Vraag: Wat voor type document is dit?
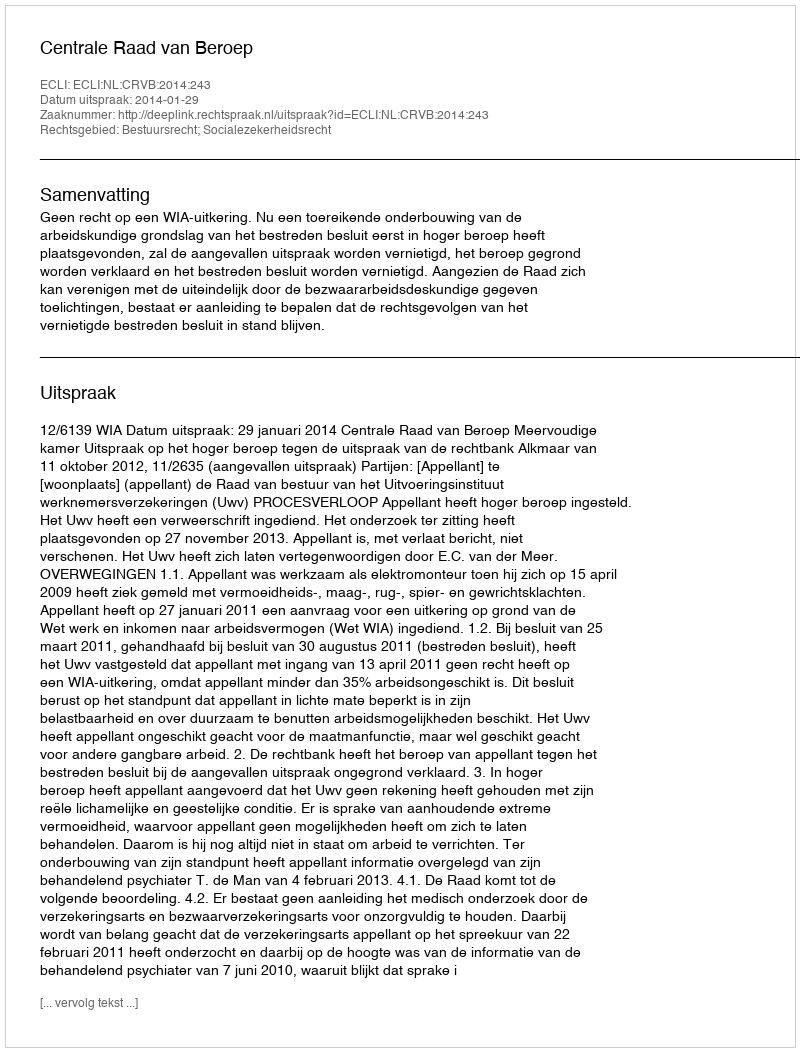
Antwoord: Uitspraak